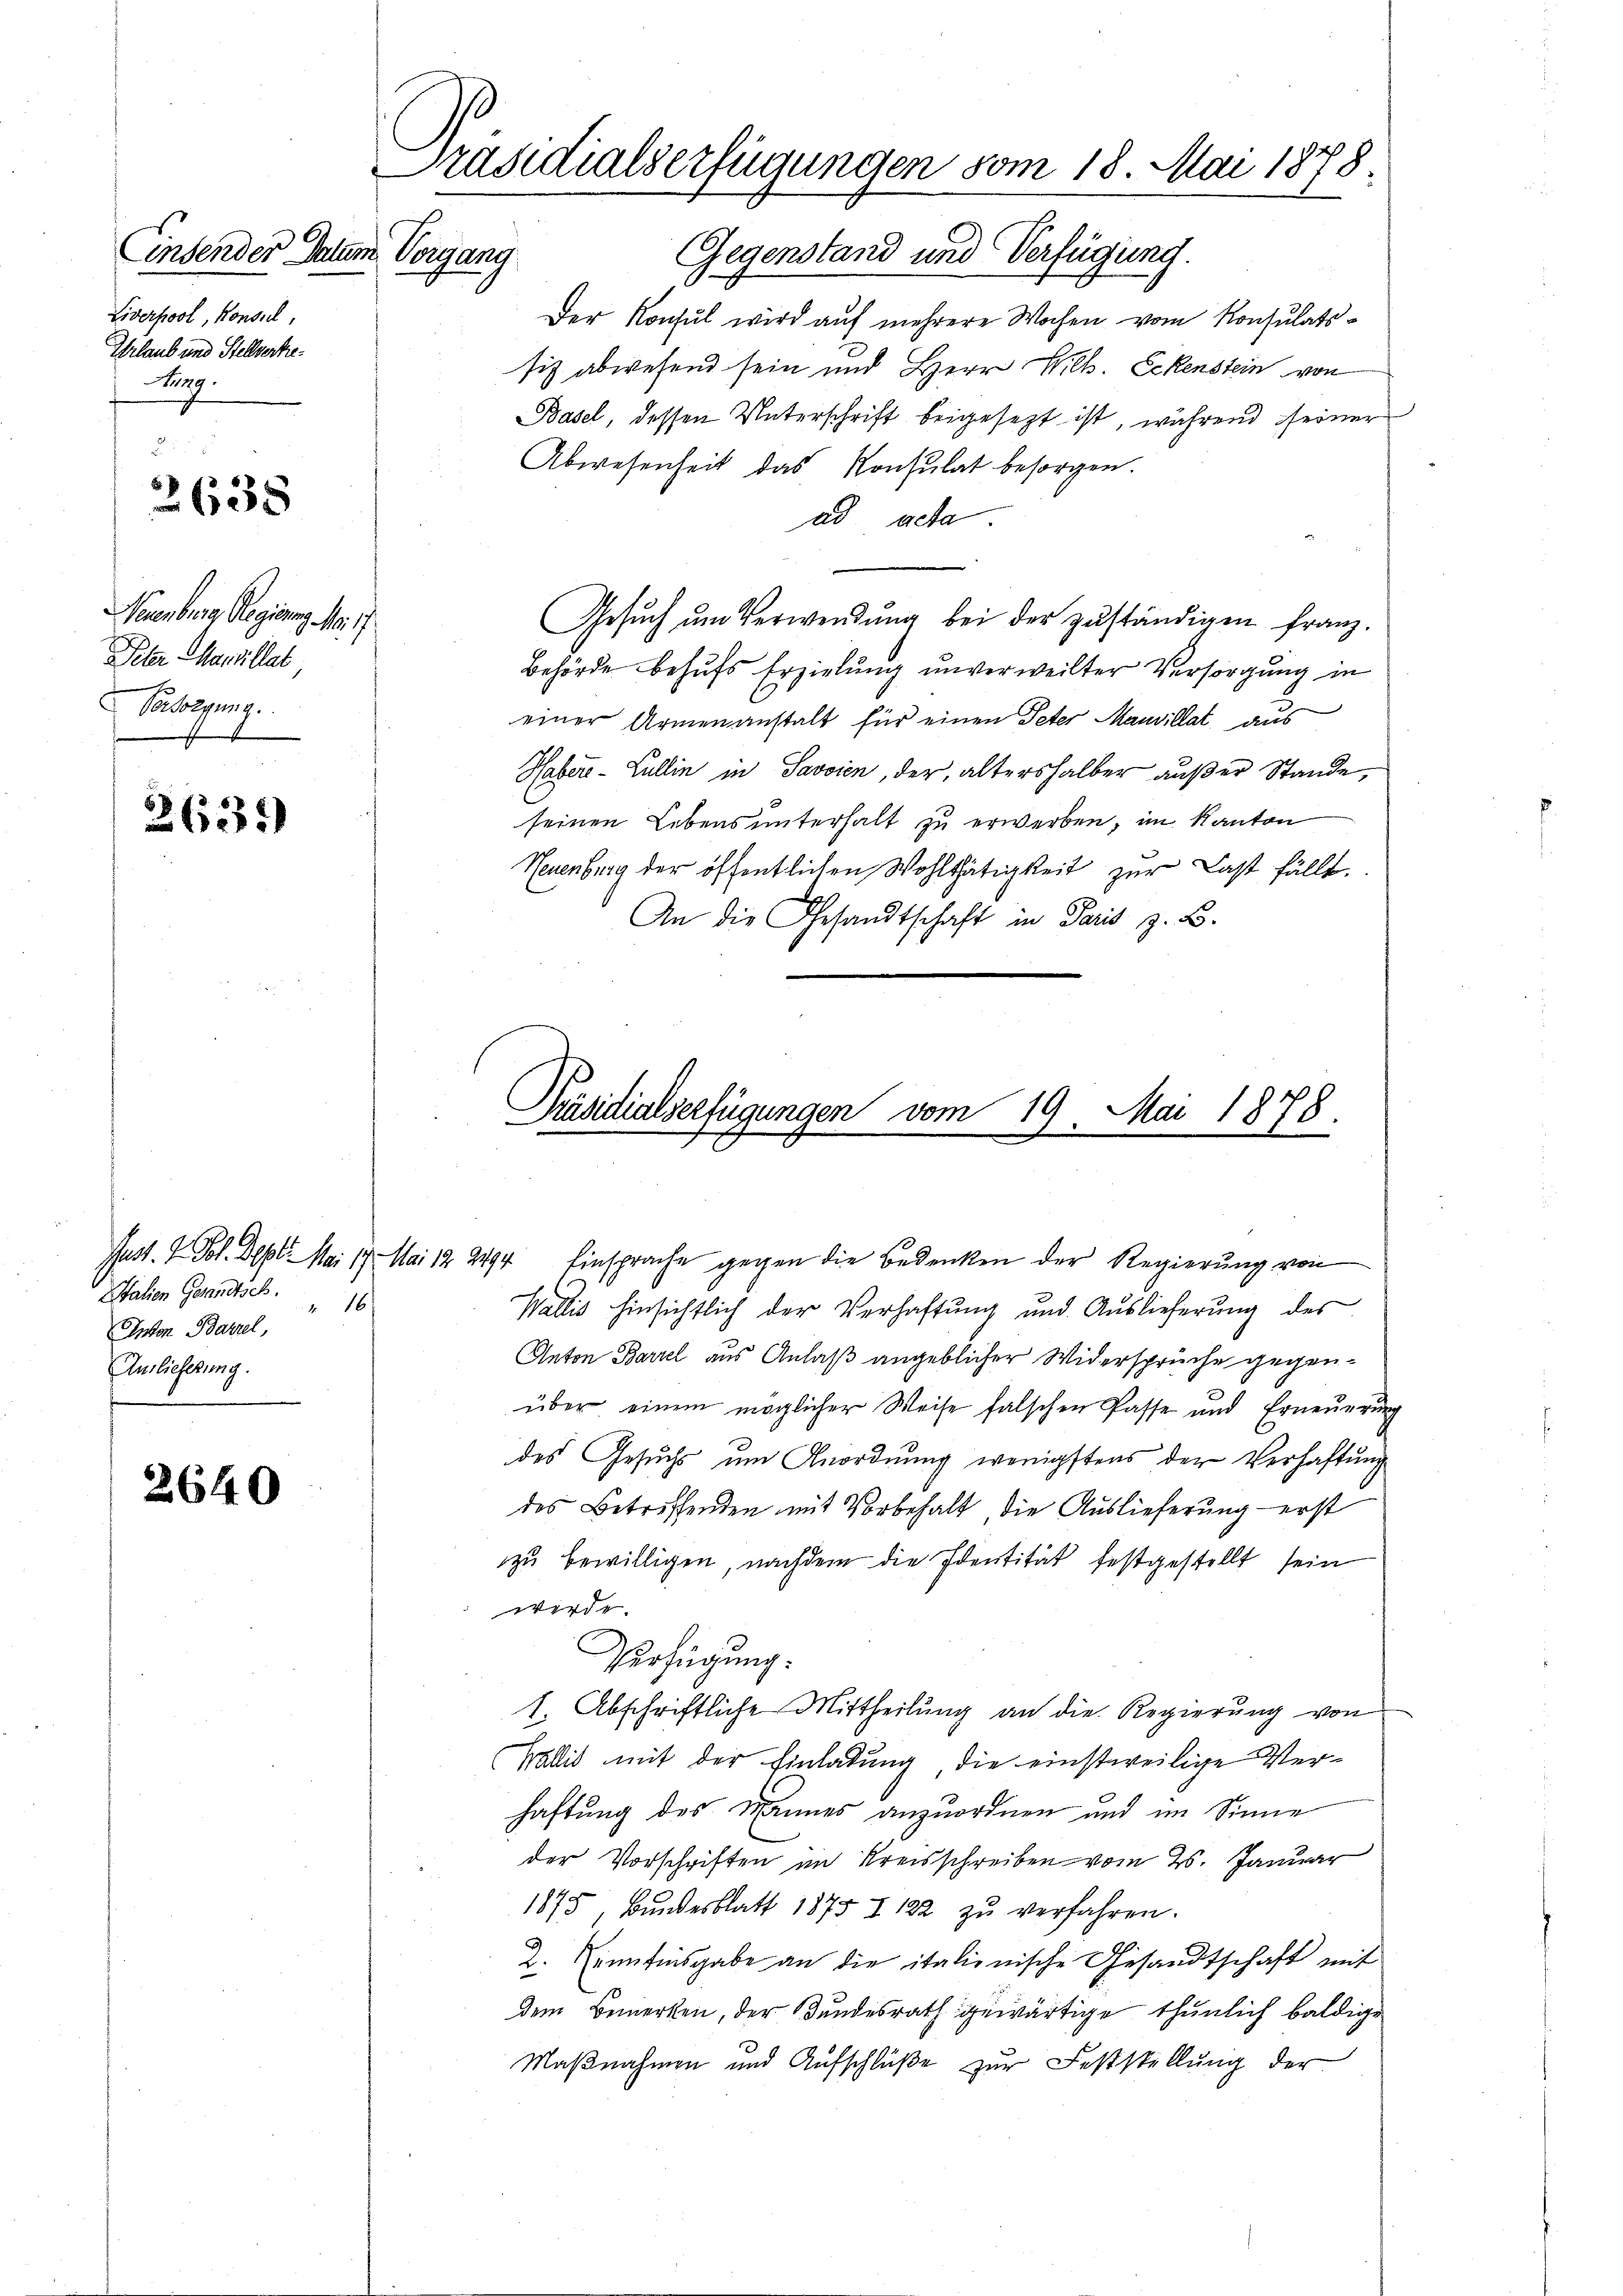
Liverpool, Konsul,
Urlaub und Stellverke¬
Arg.

3638

Neuenburg, Regierung No. 17
Peler Marzillat
Besorgung.

2634)

Italien Gesandtsch. 16
Inton Barzel,
Auslieferung.

2640

Präsidialserfügungen vom 18. Mai 1878.
Einsender Datum Vorgang
Gegenstand und Verfügung.

Der Konsul wird auf mehrere Wochen vom Konsulatssich abwesend sein und Herr Wilh. Eckenstein von
Basel, dessen Unterschrift beigesezt ist, während seiner
Abwesenheit das Konsulat besorgen.
ad acta
Gesŭch ŭm Verwendŭng bei der zŭständigen franz.
Behörde behŭfs Erzielung unverweilter Versorgung in
einer Armenanstalt für einen Peter Mauvillat aus
Haber-Lullin in Savoien, der, altershalber außer Stande,
seinen Lebens unterhalt zu erwerben, im Kanton
Neuenburg der öffentlichen Wohlthätigkeit zur Last fällt.
An die Gesandtschaft in Paris z. B.
Präsidialserfügungen vom 19. Mai 1878.

ust. I. Fol. Dept. Mai 17. Mai 122494, Einsprache gegen die Bedenken der Regierŭng von

Wallis hinsichtlich der Verhaftŭng und Auslieferŭng des
Anton Barzel aus Anlaß angeblicher Widersprüche gegenüber einem möglicher Weise falschen Pässe und Erneuerung
des Gesuchs um Anordnung wenigstens der Verhaftung
des Betreffenden mit Vorbehalt, die Auslieferung erst
zu bewilligen, nachdem die Identität festgestellt sein
wirde.
Verfügung.
1. Abschriftliche Mittheilung an die Regierung von
Wollis mit der Einladung, die einstweilige Verhaftung des Mannes anzuordnen und im Sinne
der Vorschriften im Kreisschreiben vom 26. Januar
1875, Bŭndesblatt 1875 I 122 zŭ verfahren.
2. Nennfinsgabe an die italienische Gesandtschaft mit
dem Bemerken, der Bundesrath gewärtige thunlich baldige
Maßnahmen und Aufschlüße zur Feststellung der